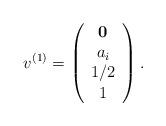
LaTeX: \begin{align*}v^{(1)}=\left(\begin{array}{ccc}{\bf 0} \\a_i \\1/2 \\1\end{array}\right).\end{align*}